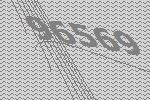
96569